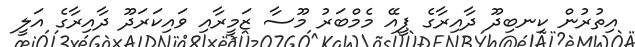
އިތުރުން ކިނބިދޫ ދާއިރާގެ ޕީއޭ މެމްބަރު މޫސާ ޒަމީރާއި ވައިކަރަދޫ ދާއިރާގެ އަލީ